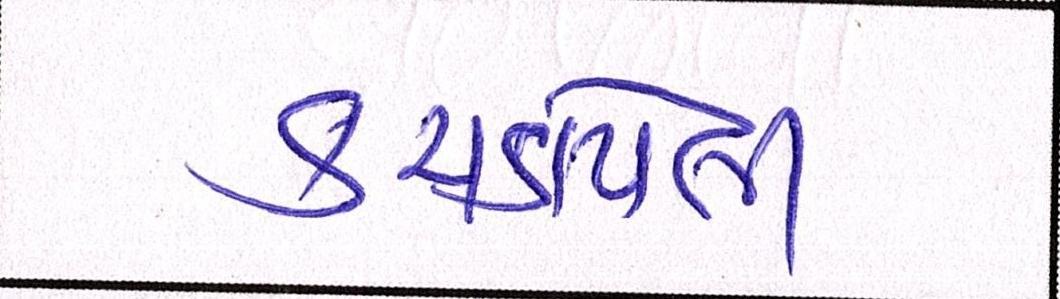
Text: કચડાયેલી